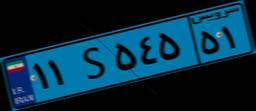
۱۱S۵۴۵۵۱